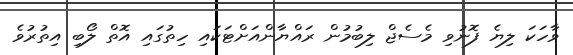
ވާހަކަ ލިޔެ ފޮނުވި މެސެޖް ލިބުމުން ރައްޔާންއަށްޓަކައި ހިތުގައި އޮތް ލޯބި އިތުރުވެ